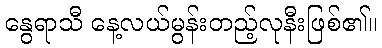
နွေရာသီ နေ့လယ်မွန်းတည့်လုနီးဖြစ်၏။